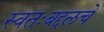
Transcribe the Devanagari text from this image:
स्वतःबद्दलचे